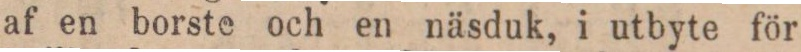
af en borste och en näsduk, i utbyte för